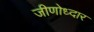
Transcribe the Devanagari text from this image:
जीणोध्दार